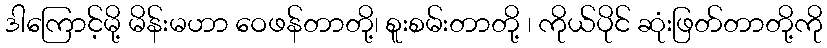
ဒါကြောင့်မို့ မိန်းမဟာ ဝေဖန်တာတို့၊ စူးစမ်းတာတို့ ၊ ကိုယ်ပိုင် ဆုံးဖြတ်တာတို့ကို